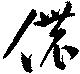
儂